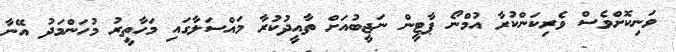
ވަނިކޮށްވެސް ވެރިކަންކުރާ އުމްނޯ ޕާޓީން ނަޖީބުއަށް ތާއީދުކުރާ މައްސަލާގައި މަހާތީރު މުހަންމަދު އޭނާ